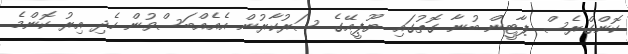
ކޮންގްރެސް ޕާޓީން ބުނާ ގޮތުގައި ޔޫޕީއޭގެ ސަރުކާރުން އެއެއްބަސްވުން ހެދި އިރު ކޮންމެ